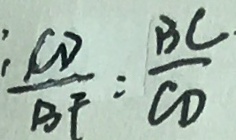
\frac { : C D } { B F } : \frac { B C } { C D }